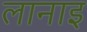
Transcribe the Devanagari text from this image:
लानाइ